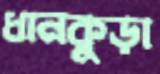
ধানকুড়া